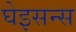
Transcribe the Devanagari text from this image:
घेइसन्स